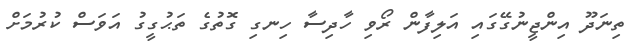
ތިނަދޫ އިންޖީނުގޭގައި އަލިފާން ރޯވި ހާދިސާ ހިނގި ގޮތުގެ ތަޙުގީގު އަވަސް ކުރުމަށް